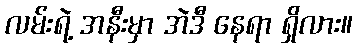
လမ်းရဲ့ အနီးမှာ အဲဒီ နေရာ ရှိလား။